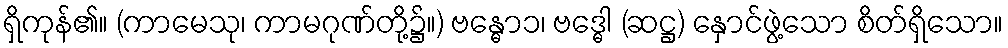
ရှိကုန်၏။ (ကာမေသု၊ ကာမဂုဏ်တို့၌။) ဗန္ဓော၁၊ ဗဒ္ဓေါ (ဆဋ္ဌ) နှောင်ဖွဲ့သော စိတ်ရှိသော။